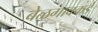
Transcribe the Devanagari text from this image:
बेळगावकडे